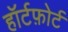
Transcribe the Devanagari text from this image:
हॉर्टफ़ोर्ट